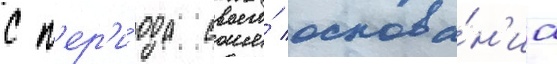
с п'ер'и́ода своего́ основа́н'иа